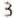
3